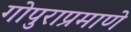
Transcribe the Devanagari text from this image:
गोपुराप्रमाणे